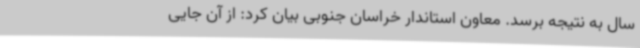
سال به نتیجه برسد. معاون استاندار خراسان جنوبی بیان کرد: از آن جایی